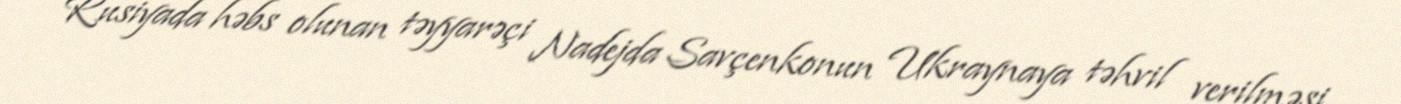
Rusiyada həbs olunan təyyarəçi Nadejda Savçenkonun Ukraynaya təhvil verilməsi